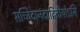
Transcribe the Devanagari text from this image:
सच्चिदानंदाद्वितीयोऽसि